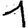
Digit: 1